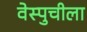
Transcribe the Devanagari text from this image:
वेस्पुचीला